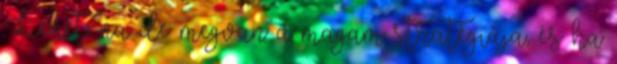
Lehet, na de megvan a magam stratégiája, és ha